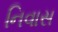
નિવાસ